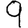
Digit: 9